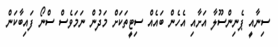
ސިނާއީ ޕެނިންސޫލާ އަށާއި އެހެން ބައެއް ސިޓީތަކަށް މަދުން ނަމަވެސް ސްނޯ ފައިބާކަން